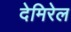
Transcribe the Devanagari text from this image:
देमिरेल